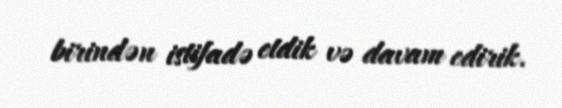
birindən istifadə etdik və davam edirik.